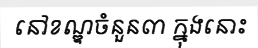
នៅខណ្ឌចំនួន៣ ក្នុងនោះ